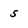
Character: 5